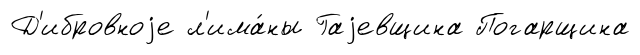
Д'ибровноjе л'има́ны Гаjевщина Погарщина